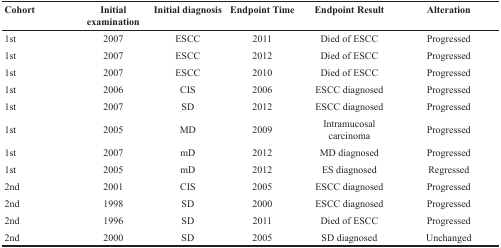
<table><thead><tr><td><b>Cohort</b></td><td><b>Initial examination</b></td><td><b>Initial diagnosis</b></td><td><b>Endpoint Time</b></td><td><b>Endpoint Result</b></td><td><b>Alteration</b></td></tr></thead><tbody><tr><td>1st</td><td>2007</td><td>ESCC</td><td>2011</td><td>Died of ESCC</td><td>Progressed</td></tr><tr><td>1st</td><td>2007</td><td>ESCC</td><td>2012</td><td>Died of ESCC</td><td>Progressed</td></tr><tr><td>1st</td><td>2007</td><td>ESCC</td><td>2010</td><td>Died of ESCC</td><td>Progressed</td></tr><tr><td>1st</td><td>2006</td><td>CIS</td><td>2006</td><td>ESCC diagnosed</td><td>Progressed</td></tr><tr><td>1st</td><td>2007</td><td>SD</td><td>2012</td><td>ESCC diagnosed</td><td>Progressed</td></tr><tr><td>1st</td><td>2005</td><td>MD</td><td>2009</td><td>Intramucosal carcinoma</td><td>Progressed</td></tr><tr><td>1st</td><td>2007</td><td>mD</td><td>2012</td><td>MD diagnosed</td><td>Progressed</td></tr><tr><td>1st</td><td>2005</td><td>mD</td><td>2012</td><td>ES diagnosed</td><td>Regressed</td></tr><tr><td>2nd</td><td>2001</td><td>CIS</td><td>2005</td><td>ESCC diagnosed</td><td>Progressed</td></tr><tr><td>2nd</td><td>1998</td><td>SD</td><td>2000</td><td>ESCC diagnosed</td><td>Progressed</td></tr><tr><td>2nd</td><td>1996</td><td>SD</td><td>2011</td><td>Died of ESCC</td><td>Progressed</td></tr><tr><td>2nd</td><td>2000</td><td>SD</td><td>2005</td><td>SD diagnosed</td><td>Unchanged</td></tr></tbody></table>